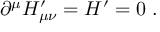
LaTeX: \partial ^ { \mu } H _ { \mu \nu } ^ { \prime } = H ^ { \prime } = 0 ~ .